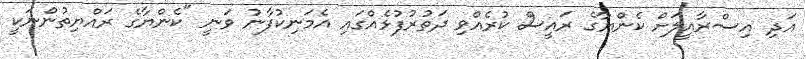
އަދި އިސްރާއީލަށް ކެންޔާގެ ރައީސް ކުރެއްވި ދަތުރުފުޅެއްގައި އެމަނިކުފާނު ވަނީ "ކެންޔާގެ ރައްޔިތުންނަކީ